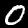
Digit: 0